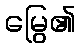
မြွေ၏